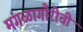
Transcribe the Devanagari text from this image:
मंगळागौरीची